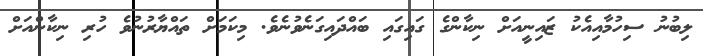
ލިބުނު ސިހުމާއިއެކު ޒައިނީއަށް ނިކާންގެ ގައިގައި ބައްދައިގަނެވުނެވެ. މިކަމަށް ތައްޔާރުނުވެ ހުރި ނިކާންއަށް